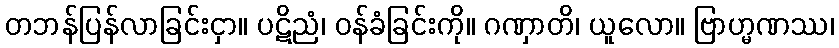
တဘန်ပြန်လာခြင်းငှာ။ ပဋိညံ၊ ဝန်ခံခြင်းကို။ ဂဏှာတိ၊ ယူလော။ ဗြာဟ္မဏဿ၊